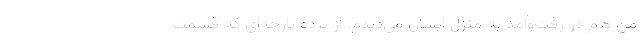
من هم در رفت‌وآمد به منزل ‌ایشان می‌دیدم. از پرده پارچه‌ای که قسمت